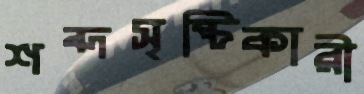
শব্দসৃষ্টিকারী